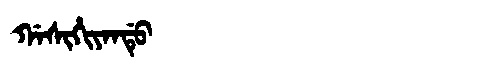
Manchu: ᡤᠠᠰᡳᡥᡳᠶᠠᠨᡩᡠ
Romanization: GASIHIYANDU